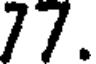
77.